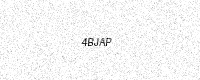
Text: 4BJAP